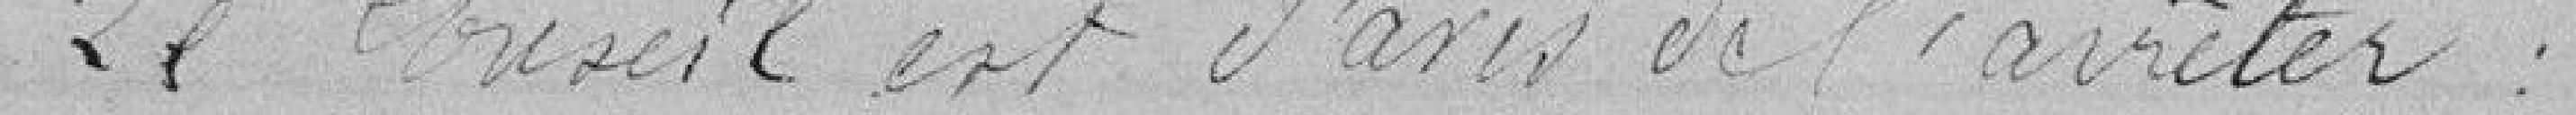
Le conseil est d'avis de l'arrêter :